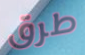
طرق